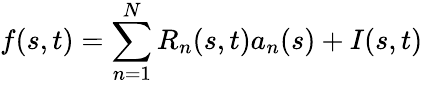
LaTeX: f(s,t)=\sum_{n=1}^{N}R_{n}(s,t)a_{n}(s)+I(s,t)